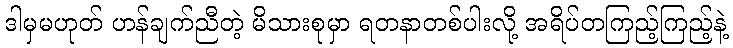
ဒါမှမဟုတ် ဟန်ချက်ညီတဲ့ မိသားစုမှာ ရတနာတစ်ပါးလို့ အရိပ်တကြည့်ကြည့်နဲ့